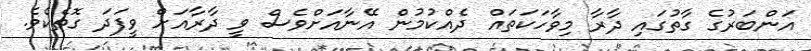
އަންބަރުގެ ގާތުގައި ދާރާ މިވާހަކަތައް ދެއްކުމުން އޭނާއަށްވެސް ވީ ދާރާއަށް ވީފަދަ ގޮތެކެވެ.